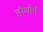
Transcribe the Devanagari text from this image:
हौथौर्न